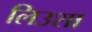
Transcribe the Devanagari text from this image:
लिउशा